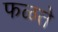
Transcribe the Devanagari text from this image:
फळते